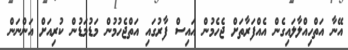
އޭނާ އަތްހިއްލާލައިގެން އެއްފަރާތަށް ޖެހެމުން އައިސް ފާރުގައި އަތްޖެހުމުން މަޑުމަޑުން ކުރިއަށް އަންނަން